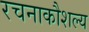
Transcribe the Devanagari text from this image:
रचनाकौशल्य